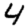
Digit: 4